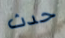
حدث